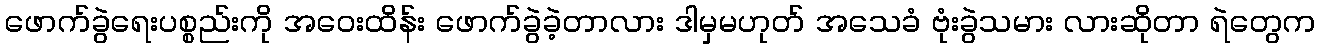
ဖောက်ခွဲရေးပစ္စည်းကို အဝေးထိန်း ဖောက်ခွဲခဲ့တာလား ဒါမှမဟုတ် အသေခံ ဗုံးခွဲသမား လားဆိုတာ ရဲတွေက